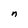
Character: n